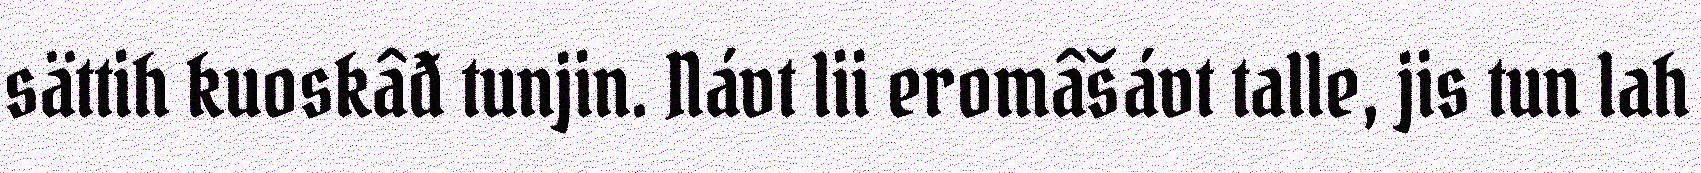
sättih kuoskâđ tunjin. Návt lii eromâšávt talle, jis tun lah